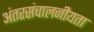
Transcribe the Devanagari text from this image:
अंतरसंचालनीयता